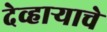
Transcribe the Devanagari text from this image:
देव्हाऱ्याचे